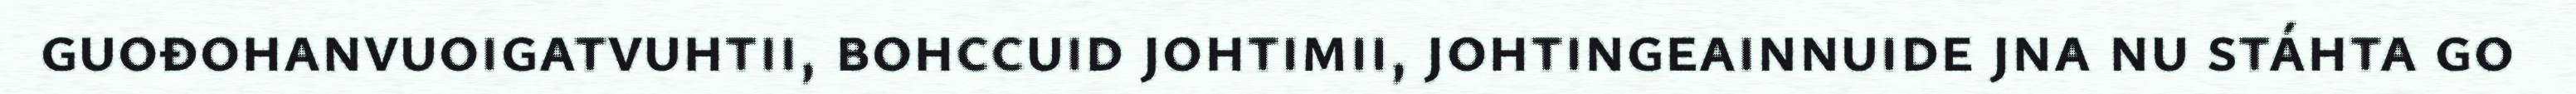
guođohanvuoigatvuhtii, bohccuid johtimii, johtingeainnuide jna nu stáhta go